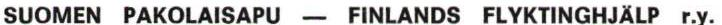
SUOMEN PAKOLAISAPU - FINLANDS FLYKTINGHJÄLP r.y.